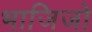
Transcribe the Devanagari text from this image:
भाजिजो